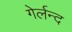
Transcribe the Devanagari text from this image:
गेर्लन्द